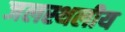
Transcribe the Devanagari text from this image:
जलस्थलीय